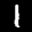
Label: 1